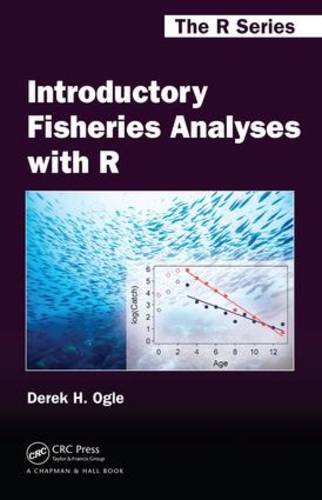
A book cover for Introductory Fisheries Analyses with R (Chapman & Hall/CRC The R Series); Derek H. Ogle; Science & Math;